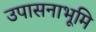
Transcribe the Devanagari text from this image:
उपासनाभूमि